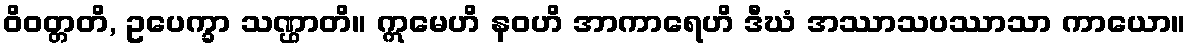
ဝိဝတ္တတိ, ဥပေက္ခာ သဏ္ဌာတိ။ ဣမေဟိ နဝဟိ အာကာရေဟိ ဒီဃံ အဿာသပဿာသာ ကာယော။